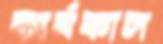
কার্যকাল